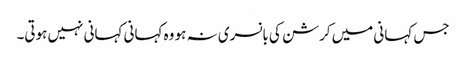
جس کہانی میں کرشن کی بانسری نہ ہو وہ کہانی کہانی نہیں ہوتی۔